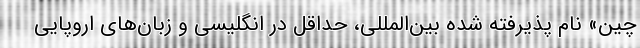
چین» نام پذیرفته شده بین‌المللی، حداقل در انگلیسی و زبان‌های اروپایی